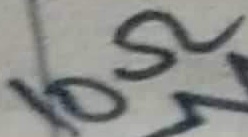
Text: 10Ω